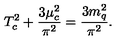
T _ { c } ^ { 2 } + \frac { 3 \mu _ { c } ^ { 2 } } { \pi ^ { 2 } } = \frac { 3 m _ { q } ^ { 2 } } { \pi ^ { 2 } } .